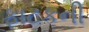
ફાટકની